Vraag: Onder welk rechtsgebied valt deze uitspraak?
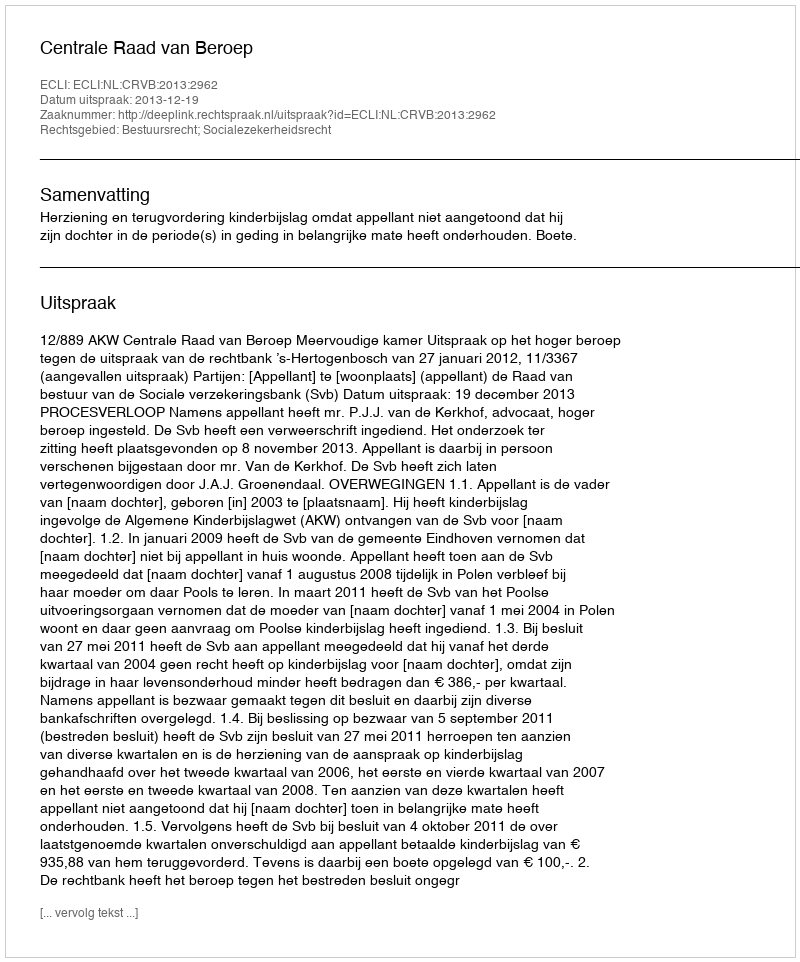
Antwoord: Bestuursrecht; Socialezekerheidsrecht